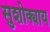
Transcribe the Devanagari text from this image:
सुशोक्याय